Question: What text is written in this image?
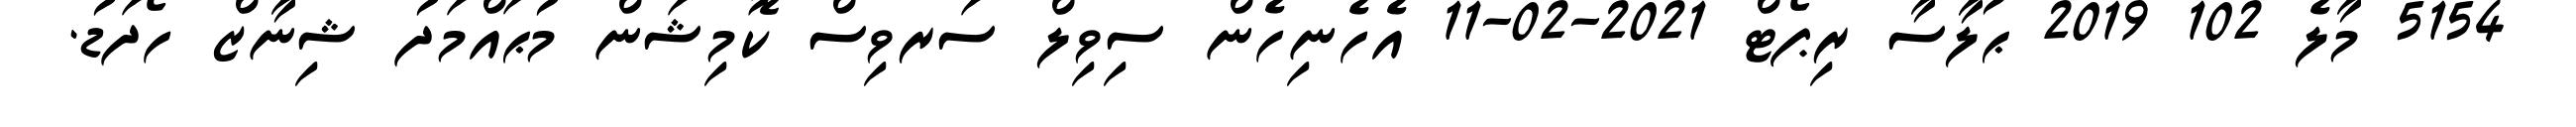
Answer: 5154 މާލެ 102 2019 ޙުލާސާ ރިޕޯޓް 2021-02-11 އެހެނިހެން ސިވިލް ސަރވިސް ކޮމިޝަން މުޙައްމަދު ޝިނާޒް ހޯދަޑު.